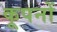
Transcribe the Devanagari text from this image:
कूपनों